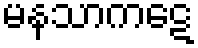
မနသာကဋေ